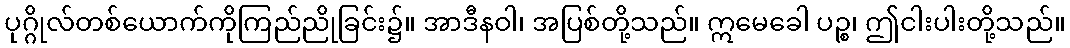
ပုဂ္ဂိုလ်တစ်ယောက်ကိုကြည်ညိုခြင်း၌။ အာဒီနဝါ၊ အပြစ်တို့သည်။ ဣမေခေါ ပဉ္စ၊ ဤငါးပါးတို့သည်။